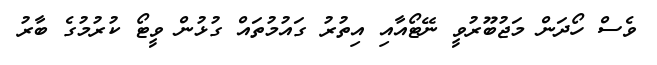
ވެސް ހޯދަން މަޖުބޫރުވީ ނޭޓޯއާއި އިތުރު ގައުމުތައް ގުޅުން ވީޓޯ ކުރުމުގެ ބާރު